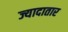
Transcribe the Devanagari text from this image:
ज्यादातार